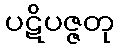
ပဋိပဇ္ဇတု